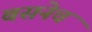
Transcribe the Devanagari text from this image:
बसनेच